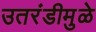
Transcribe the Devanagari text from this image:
उतरंडीमुळे